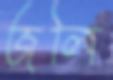
জলি